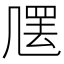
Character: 𠙣